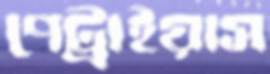
পেট্রাইয়াস